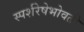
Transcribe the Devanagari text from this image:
स्पर्शरेषेभोवती